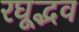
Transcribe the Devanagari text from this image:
रघूद्भव